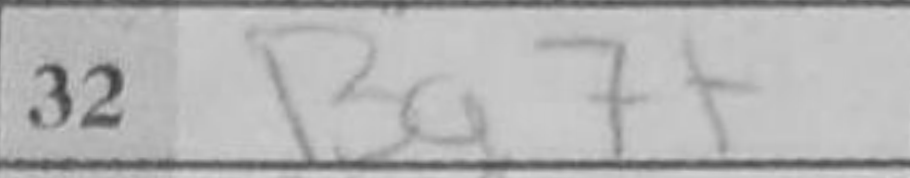
Transcription: Ba7+